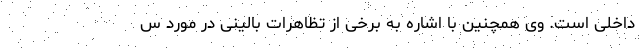
داخلی است. وی همچنین با اشاره به برخی از تظاهرات بالینی در مورد س